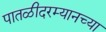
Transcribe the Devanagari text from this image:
पातळीदरम्यानच्या